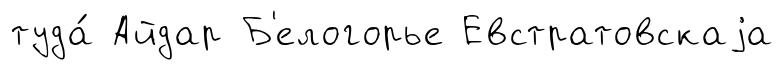
туда́ Айдар Б'елогорье Евстратовскаjа